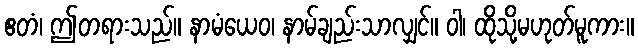
ဧတံ၊ ဤတရားသည်။ နာမံယေဝ၊ နာမ်ချည်းသာလျှင်။ ဝါ၊ ထိုသို့မဟုတ်မူကား။